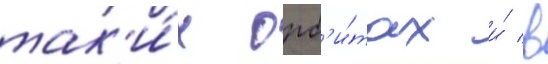
так'и́х орб'и́тах и́ в